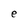
Character: e